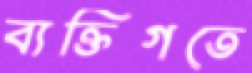
ব্যক্তিগতে